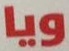
ويا